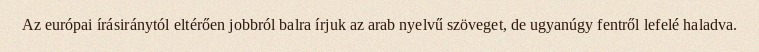
Az európai írásiránytól eltérően jobbról balra írjuk az arab nyelvű szöveget, de ugyanúgy fentről lefelé haladva.